Leaving Certificate Examination (including Day School Certificate (Higher) General paper), 1937
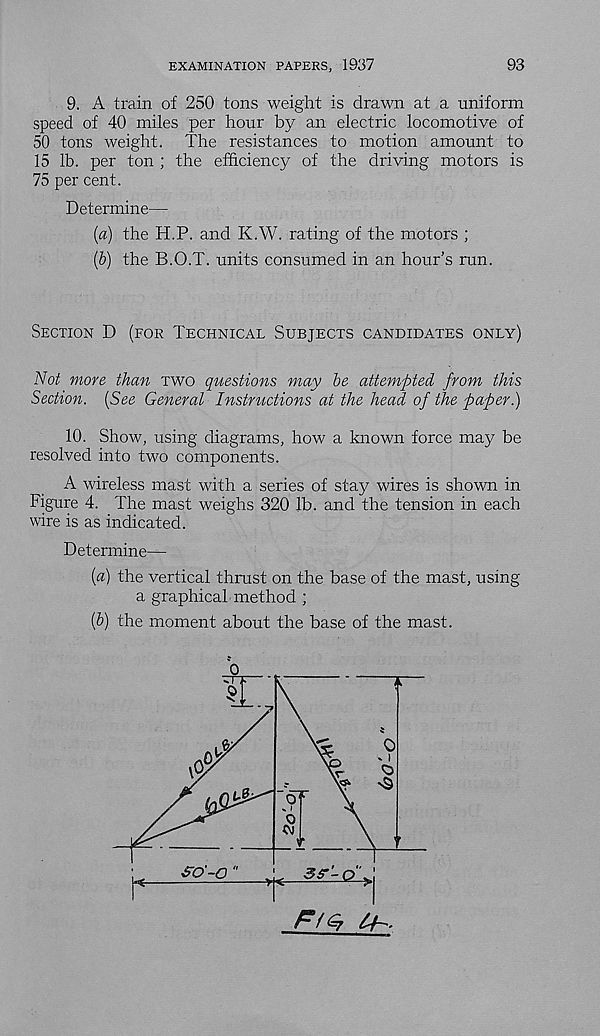
EXAMINATION PAPERS, 1937
93
9. A train of 250 tons weight is drawn at a uniform
speed of 40 miles per hour by an electric locomotive of
50 tons weight. The resistances to motion amount to
15 lb. per ton ; the efficiency of the driving motors is
75 per cent.
Determine—
(a) the H.P. and K.W. rating of the motors ;
(b) the B.O.T. units consumed in an hour’s run.
Section D (for Technical Subjects candidates only)
Not more than two questions may be attempted from this
Section. [See General Instructions at the head of the paper.)
10. Show, using diagrams, how a known force may be
resolved into two components.
A wireless mast with a series of stay wires is shown in
Figure 4. The mast weighs 320 lb. and the tension in each
wire is as indicated.
Determine—
[a] the vertical thrust on the base of the mast, using
a graphical method ;
[b) the moment about the base of the mast.